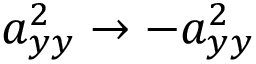
a _ { y y } ^ { 2 } \rightarrow - a _ { y y } ^ { 2 }